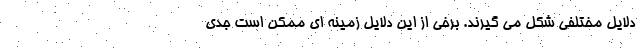
دلایل مختلفی شکل می گیرند. برخی از این دلایل زمینه ای ممکن است جدی